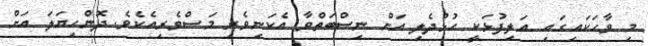
މި ވާހަކައިގައި އަލިފުޅަކީ ހުޅުދެލި އަށް ނިސްބަތްވާ އެކަނިވެރި މަސްވެރިއެކެވެ. ދޮންހިޔަލަ އަށް